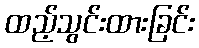
ထည့်သွင်းထားခြင်း